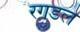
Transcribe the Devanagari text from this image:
रगडले